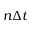
n \Delta t